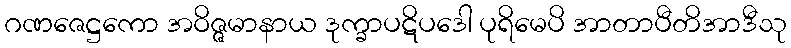
ဂဏဇေဋ္ဌကော အဝိဇ္ဇမာနာယ ဒုက္ခာပဋိပဒေါ ပုရိမေပိ အာတာပီတိအာဒီသု